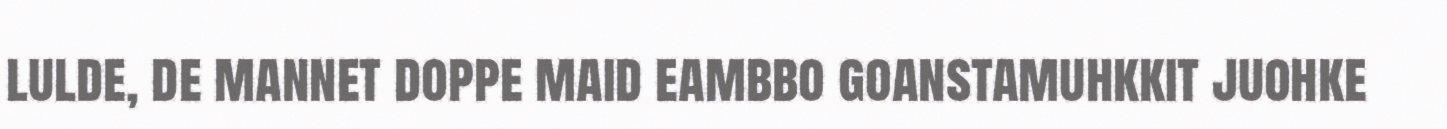
lulde, de mannet doppe maid eambbo goanstamuhkkit juohke